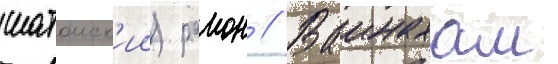
шатоиск'ии) раион // Ваинахам